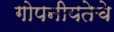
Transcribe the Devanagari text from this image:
गोपनीयतेचे